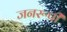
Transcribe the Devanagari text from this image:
जनरूपी